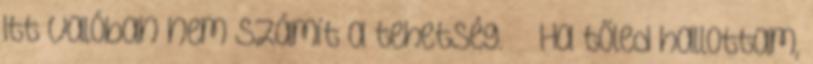
Itt valóban nem számít a tehetség. Ha tőled hallottam,